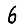
Digit: 6